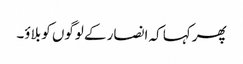
پھر کہا کہ انصار کے لوگوں کو بلاؤ۔